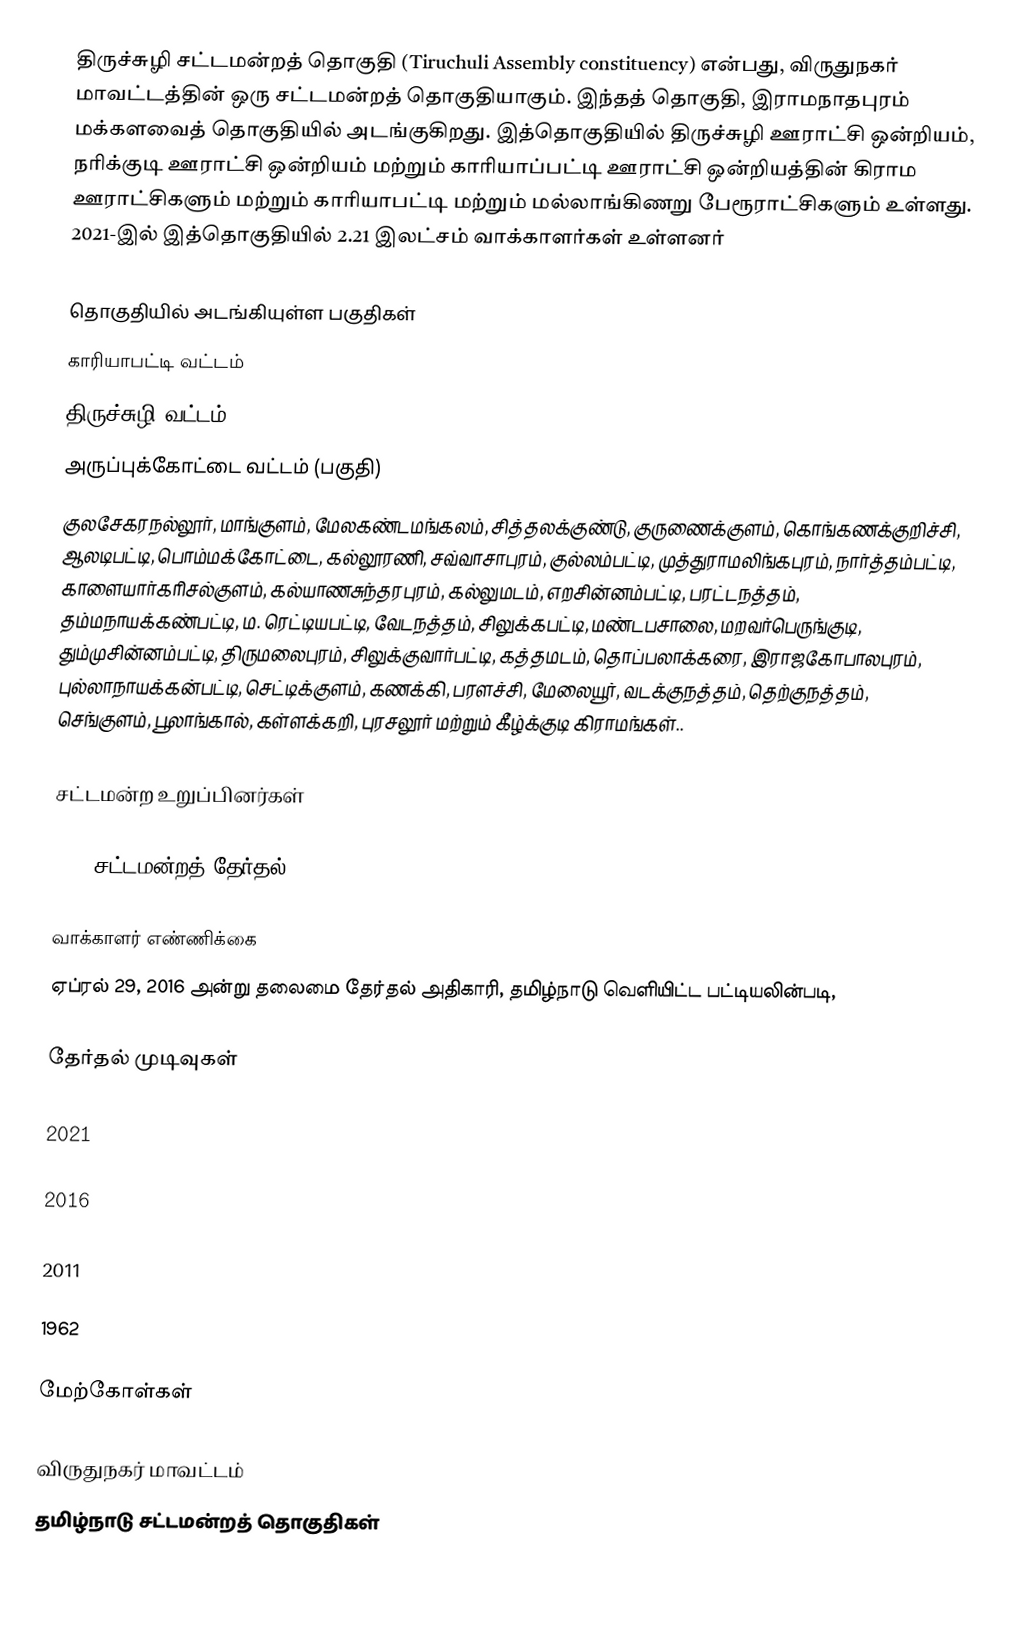
திருச்சுழி சட்டமன்றத் தொகுதி (Tiruchuli Assembly constituency) என்பது, விருதுநகர் மாவட்டத்தின் ஒரு சட்டமன்றத் தொகுதியாகும். இந்தத் தொகுதி, இராமநாதபுரம் மக்களவைத் தொகுதியில் அடங்குகிறது. இத்தொகுதியில் திருச்சுழி ஊராட்சி ஒன்றியம், நரிக்குடி ஊராட்சி ஒன்றியம் மற்றும் காரியாப்பட்டி ஊராட்சி ஒன்றியத்தின் கிராம ஊராட்சிகளும் மற்றும் காரியாபட்டி மற்றும் மல்லாங்கிணறு பேரூராட்சிகளும் உள்ளது. 2021-இல் இத்தொகுதியில் 2.21 இலட்சம் வாக்காளர்கள் உள்ளனர்

தொகுதியில் அடங்கியுள்ள பகுதிகள்
காரியாபட்டி வட்டம்
திருச்சுழி வட்டம்
அருப்புக்கோட்டை வட்டம் (பகுதி)
குலசேகரநல்லூர், மாங்குளம், மேலகண்டமங்கலம், சித்தலக்குண்டு, குருணைக்குளம், கொங்கணக்குறிச்சி, ஆலடிபட்டி, பொம்மக்கோட்டை, கல்லூரணி, சவ்வாசாபுரம், குல்லம்பட்டி, முத்துராமலிங்கபுரம், நார்த்தம்பட்டி, காளையார்கரிசல்குளம், கல்யாணசுந்தரபுரம், கல்லுமடம், எறசின்னம்பட்டி, பரட்டநத்தம், தம்மநாயக்கண்பட்டி, ம. ரெட்டியபட்டி, வேடநத்தம், சிலுக்கபட்டி, மண்டபசாலை, மறவர்பெருங்குடி, தும்முசின்னம்பட்டி, திருமலைபுரம், சிலுக்குவார்பட்டி, கத்தமடம், தொப்பலாக்கரை, இராஜகோபாலபுரம், புல்லாநாயக்கன்பட்டி, செட்டிக்குளம், கணக்கி, பரளச்சி, மேலையூர், வடக்குநத்தம், தெற்குநத்தம், செங்குளம், பூலாங்கால், கள்ளக்கறி, புரசலூர் மற்றும் கீழ்க்குடி கிராமங்கள்..

சட்டமன்ற உறுப்பினர்கள்

2016 சட்டமன்றத் தேர்தல்

வாக்காளர் எண்ணிக்கை
ஏப்ரல் 29, 2016 அன்று தலைமை தேர்தல் அதிகாரி, தமிழ்நாடு வெளியிட்ட பட்டியலின்படி,

தேர்தல் முடிவுகள்

2021

2016

2011

1962

மேற்கோள்கள்

விருதுநகர் மாவட்டம்
தமிழ்நாடு சட்டமன்றத் தொகுதிகள்